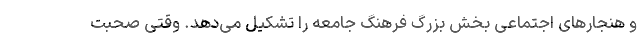
و هنجار‌های اجتماعی بخش بزرگ فرهنگ جامعه را تشکیل می‌دهد. وقتی صحبت